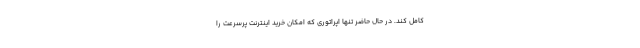
کامل کند. در حال حاضر تنها اپراتوری که امکان خرید اینترنت پرسرعت را